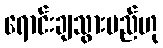
ရောင်းချသွားမည်ဟု